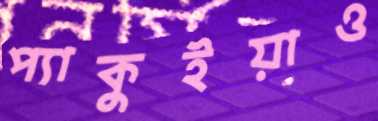
প্যাকুইয়াও